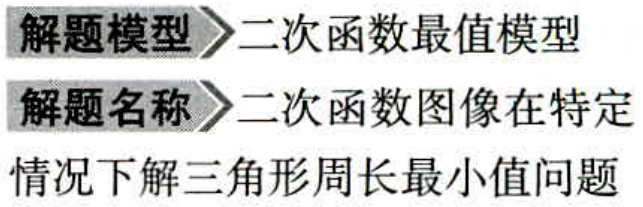
解题模型 \(\rhd\) 二次函数最值模型
解题名称 \(\rhd\) 二次函数图像在特定情况下解三角形周长最小值问题